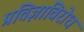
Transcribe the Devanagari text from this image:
प्रतिज्ञाविरोध